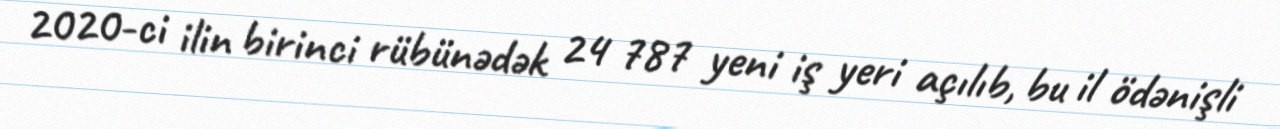
2020-ci ilin birinci rübünədək 24 787 yeni iş yeri açılıb, bu il ödənişli